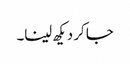
جا کر دیکھ لینا۔